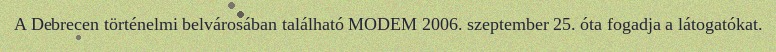
A Debrecen történelmi belvárosában található MODEM 2006. szeptember 25. óta fogadja a látogatókat.